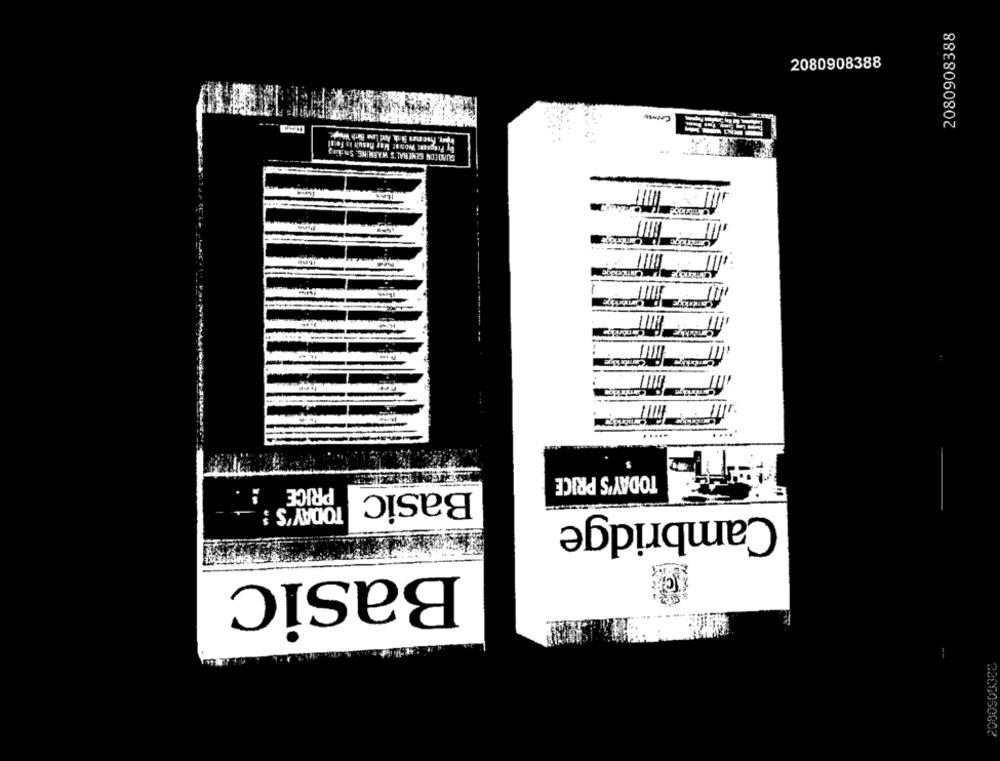
2080908388
2080908388
by Fragaunt Woser Mer Result is Foul
SUNTECH GENERAL'S WARNING. SIEling
TODAY'S PRICE
PRICE :
Basic
TODAY'S :
Cambridge
Basic